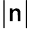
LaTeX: |\mathsf{n}|